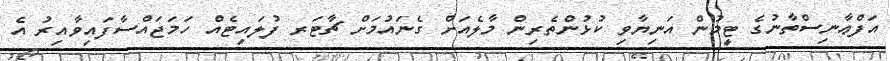
އަފްޢާނިސްތާނުގެ ޓީމުން އަނިޔާވި ކުޅުންތެރިން މާލެއަށް ގެނައުމަށް ޗާޓަރ ފުލައިޓެއް ހަމަޖައްސާފައިވާއިރު އެ